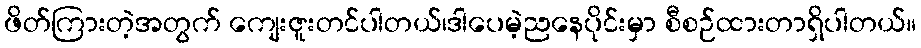
ဖိတ်ကြားတဲ့အတွက် ကျေးဇူးတင်ပါတယ်၊ဒါပေမဲ့ညနေပိုင်းမှာ စီစဉ်ထားတာရှိပါတယ်။